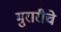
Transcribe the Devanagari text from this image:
मुरारीचे